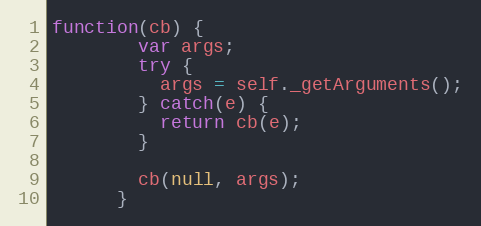
Language: JavaScript
function(cb) {
        var args;
        try {
          args = self._getArguments();
        } catch(e) {
          return cb(e);
        }

        cb(null, args);
      }